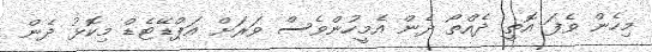
މިހެން ވެފަ އޮތީ ދެއްތޯ ދެން އެމީހުންވެސް ވަރަށް އަޕްޑޭޓެޑް މިކޮޅު ދެން